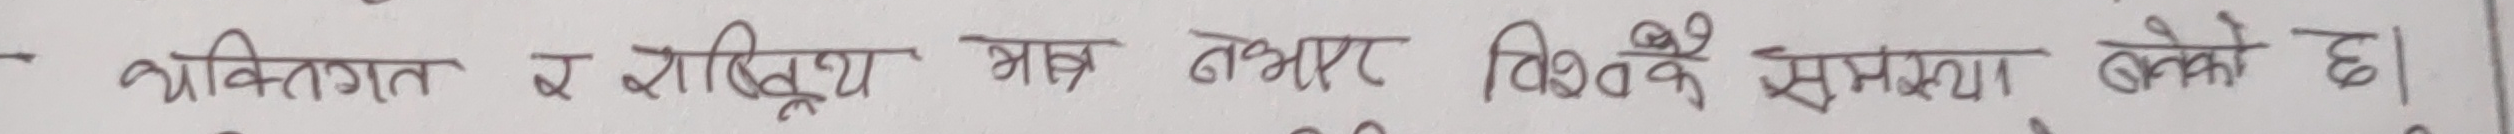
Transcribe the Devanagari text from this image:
व्यक्तिगत र चारित्रिक भ्रष्ट बनेर विश्वकै समस्या बनेको छ।